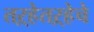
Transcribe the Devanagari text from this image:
तऱ्हेतऱ्हेचे